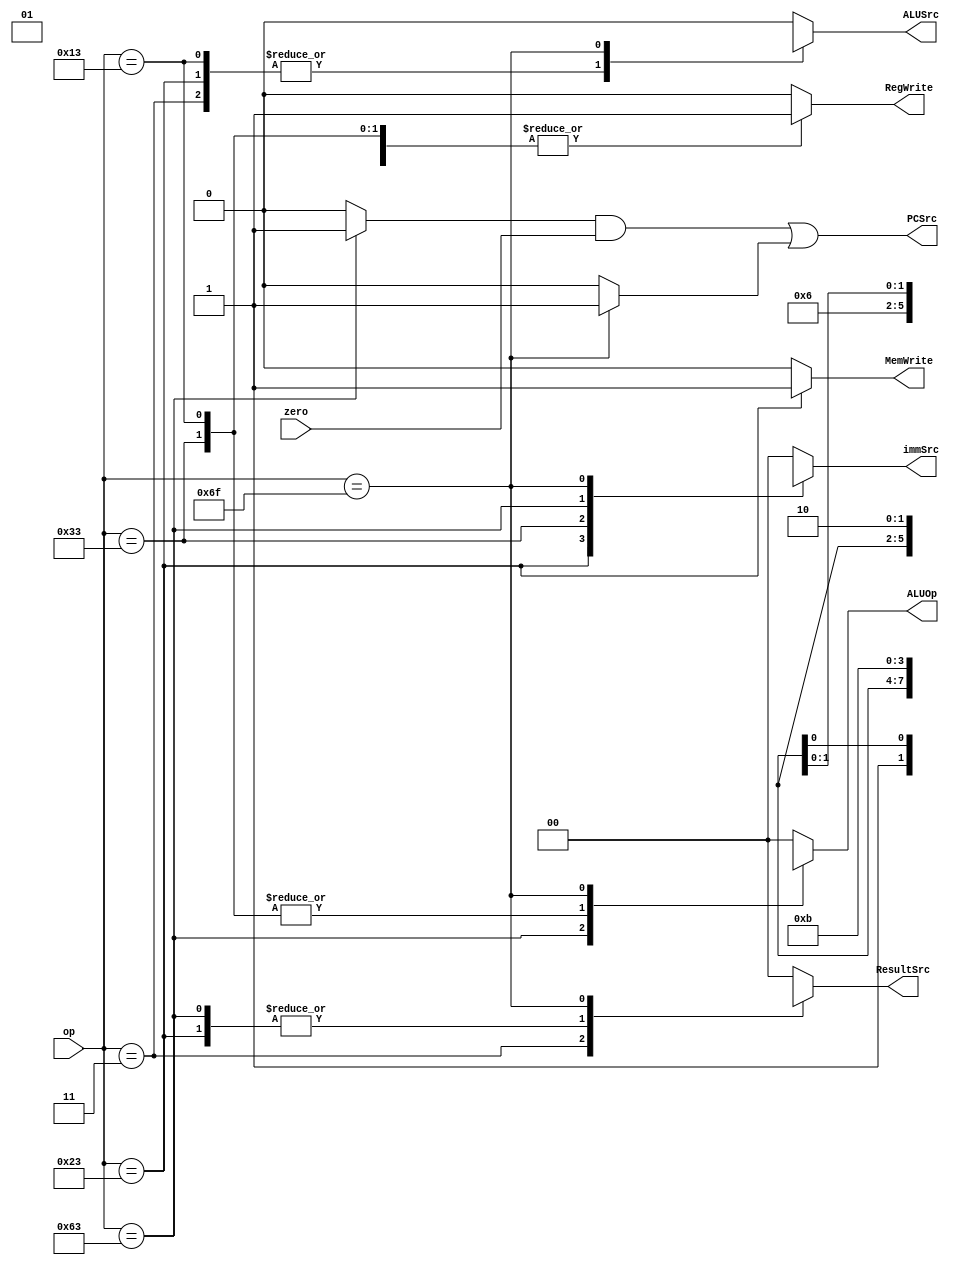
`timescale 1ns / 1ps
//////////////////////////////////////////////////////////////////////////////////
// Company: 
// Engineer: 
// 
// Design Name: 
// Module Name: Main_Decoder
// Project Name: 
// Target Devices: 
// Tool Versions: 
// Description: 
// 
// Dependencies: 
// 
// Revision:
// Revision 0.01 - File Created
// Additional Comments:
// 
//////////////////////////////////////////////////////////////////////////////////
module Main_Decoder(
  input zero,
  input [6:0] op,
  output PCSrc,
  output reg [1:0] ResultSrc,
  output reg MemWrite,
  output reg ALUSrc,
  output reg [1:0] immSrc,
  output reg RegWrite,
  output reg [1:0] ALUOp
  );
  
  reg Branch, jump;
  
  always@(*) begin
         
         RegWrite = 1'b0;
         immSrc = 2'b00;
         ALUSrc = 1'b0;
         MemWrite = 1'b0;
         ResultSrc = 2'b00;
         Branch = 1'b0;
         ALUOp = 2'b00;
         jump = 1'b0;
         
  case(op)
    7'b0000011: begin
         RegWrite = 1'b1;
         immSrc = 2'b00;
         ALUSrc = 1'b1;
         MemWrite = 1'b0;
         ResultSrc = 2'b01;
         Branch = 1'b0;
         ALUOp = 2'b00;
         jump = 1'b0;
    end
    
    7'b0100011: begin
         RegWrite = 1'b0;
         immSrc = 2'b01;
         ALUSrc = 1'b1;
         MemWrite = 1'b1;
         ResultSrc = 2'bxx;
         Branch = 1'b0;
         ALUOp = 2'b00;
         jump = 1'b0;
    end
    
    7'b0110011: begin
         RegWrite = 1'b1;
         immSrc = 2'bxx;
         ALUSrc = 1'b0;
         MemWrite = 1'b0;
         ResultSrc = 2'b00;
         Branch = 1'b0;
         ALUOp = 2'b10;
         jump = 1'b0;
    end
    
    7'b1100011: begin
         RegWrite = 1'b0;
         immSrc = 2'b10;
         ALUSrc = 1'b0;
         MemWrite = 1'b0;
         ResultSrc = 2'bxx;
         Branch = 1'b1;
         ALUOp = 2'b01;
         jump = 1'b0;
    end
    7'b0010011: begin
         RegWrite = 1'b1;
         immSrc = 2'b00;
         ALUSrc = 1'b1;
         MemWrite = 1'b0;
         ResultSrc = 2'b00;
         Branch = 1'b0;
         ALUOp = 2'b10;
         jump = 1'b0;
    end
    
    7'b1101111: begin
         RegWrite = 1'b1;
         immSrc = 2'b11;
         ALUSrc = 1'bx;
         MemWrite = 1'b0;
         ResultSrc = 2'b10;
         Branch = 1'b0;
         ALUOp = 2'bxx;
         jump = 1'b1;
    end
    
    default: begin
         RegWrite = 1'b0;
         immSrc = 2'b00;
         ALUSrc = 1'b0;
         MemWrite = 1'b0;
         ResultSrc = 2'b00;
         Branch = 1'b0;
         ALUOp = 2'b00;
         jump = 1'b0;
    end
    
  endcase  
  end
  
  assign PCSrc = ((Branch&zero)|jump);

endmodule